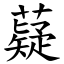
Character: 薿